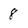
Character: 8